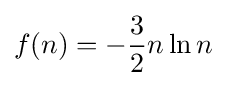
f(n)=-{\frac {3}{2}}n\ln n